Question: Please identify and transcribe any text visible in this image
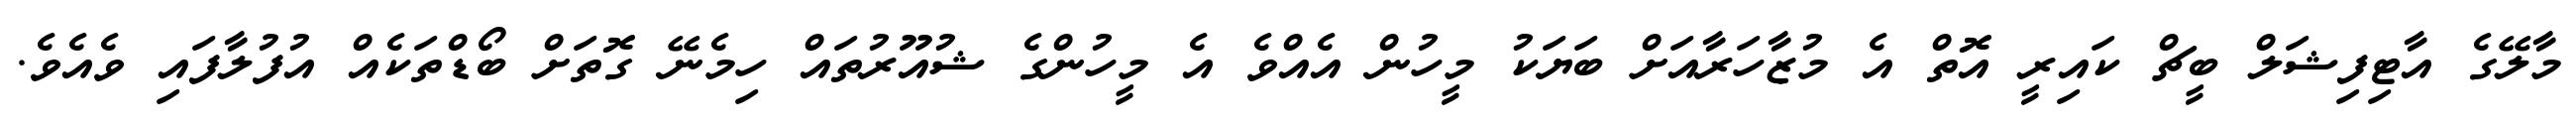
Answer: މާލޭގެ އާޓިފިޝަލް ބީޗް ކައިރީ އޮތް އެ މުޒާހަރާއަށް ބަޔަކު މީހުން އެއްވެ އެ މީހުންގެ ޝުއޫރުތައް ހިމެނޭ ގޮތަށް ބޯޑްތަކެއް އުފުލާފައި ވެއެވެ.